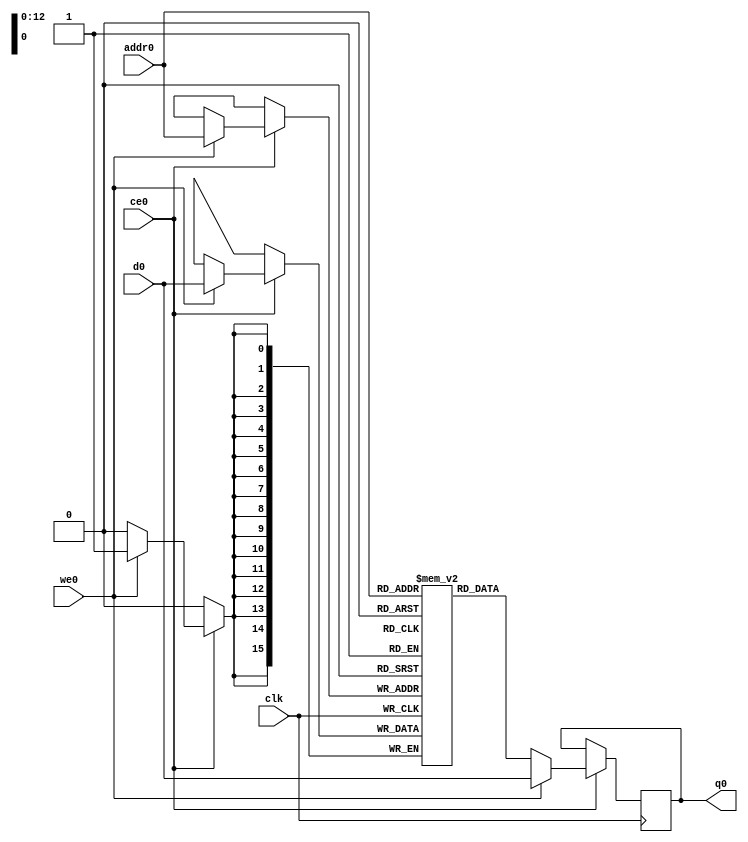
// ==============================================================
// File generated by Vivado(TM) HLS - High-Level Synthesis from C, C++ and SystemC
// Version: 2017.4
// Copyright (C) 1986-2017 Xilinx, Inc. All Rights Reserved.
// 
// ==============================================================

`timescale 1 ns / 1 ps
module line_buffer_mp_5_bkb_ram (addr0, ce0, d0, we0, q0,  clk);

parameter DWIDTH = 16;
parameter AWIDTH = 13;
parameter MEM_SIZE = 5376;

input[AWIDTH-1:0] addr0;
input ce0;
input[DWIDTH-1:0] d0;
input we0;
output reg[DWIDTH-1:0] q0;
input clk;

(* ram_style = "block" *)reg [DWIDTH-1:0] ram[0:MEM_SIZE-1];




always @(posedge clk)  
begin 
    if (ce0) 
    begin
        if (we0) 
        begin 
            ram[addr0] <= d0; 
            q0 <= d0;
        end 
        else 
            q0 <= ram[addr0];
    end
end


endmodule


`timescale 1 ns / 1 ps
module line_buffer_mp_5_bkb(
    reset,
    clk,
    address0,
    ce0,
    we0,
    d0,
    q0);

parameter DataWidth = 32'd16;
parameter AddressRange = 32'd5376;
parameter AddressWidth = 32'd13;
input reset;
input clk;
input[AddressWidth - 1:0] address0;
input ce0;
input we0;
input[DataWidth - 1:0] d0;
output[DataWidth - 1:0] q0;



line_buffer_mp_5_bkb_ram line_buffer_mp_5_bkb_ram_U(
    .clk( clk ),
    .addr0( address0 ),
    .ce0( ce0 ),
    .d0( d0 ),
    .we0( we0 ),
    .q0( q0 ));

endmodule